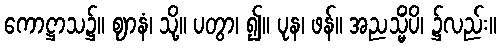
ကောဋ္ဌာသ၌။ ဈာနံ၊ သို့။ ပတွာ၊ ၍။ ပုန၊ ဖန်။ အညသ္မိံပိ၊ ၌လည်း။